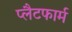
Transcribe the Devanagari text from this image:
प्‍लैटफार्म